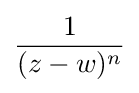
{\frac {1}{(z-w)^{n}}}